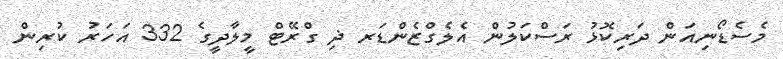
މެސެޑޯނިއަން ދަރިކޮޅު ރަސްކަލުން އެލެގްޒެންޑަރ ޛި ގްރޭޓް މީލާދީގެ 332 އަހަރު ކުރިން